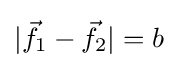
|{\vec {f}}_{1}-{\vec {f}}_{2}|=b